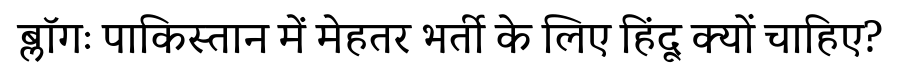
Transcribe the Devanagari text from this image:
ब्लॉगः पाकिस्तान में मेहतर भर्ती के लिए हिंदू क्यों चाहिए?